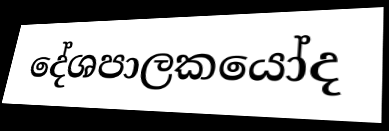
දේශපාලකයෝද